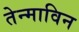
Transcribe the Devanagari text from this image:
तेन्माविन